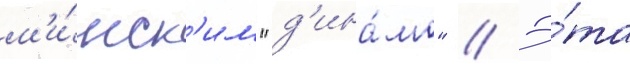
м'и́нск'им "д'ина́мо" // Э́та